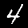
Digit: 4